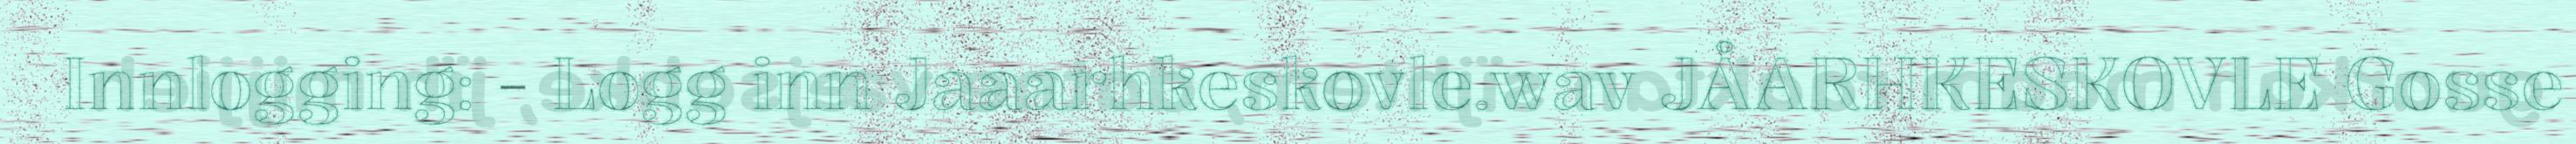
Innlogging: - Logg inn Jaaarhkeskovle.wav JÅARHKESKOVLE Gosse